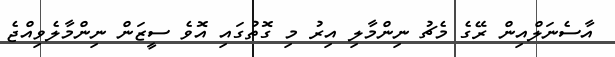
އާސެނަލްއިން ރޭގެ މެޗު ނިންމާލި އިރު މި ގޮތުގައި އޮވެ ސީޒަން ނިންމާލެވިއްޖެ